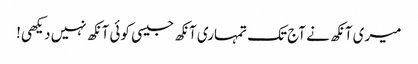
میری آنکھ نے آج تک تمہاری آنکھ جیسی کوئی آنکھ نہیں دیکھی!